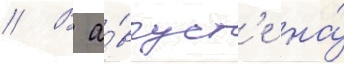
// В а́вгуст'е на́